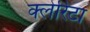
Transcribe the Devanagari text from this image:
क्लेरिटा